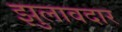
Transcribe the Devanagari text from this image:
झुलावदार